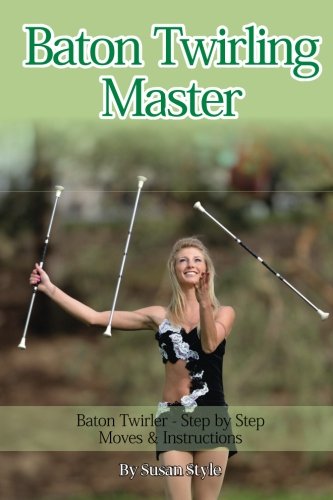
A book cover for Baton Twirling Master:: Baton Twirler - Step by Step Moves & Instructions; Susan Style; Sports & Outdoors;